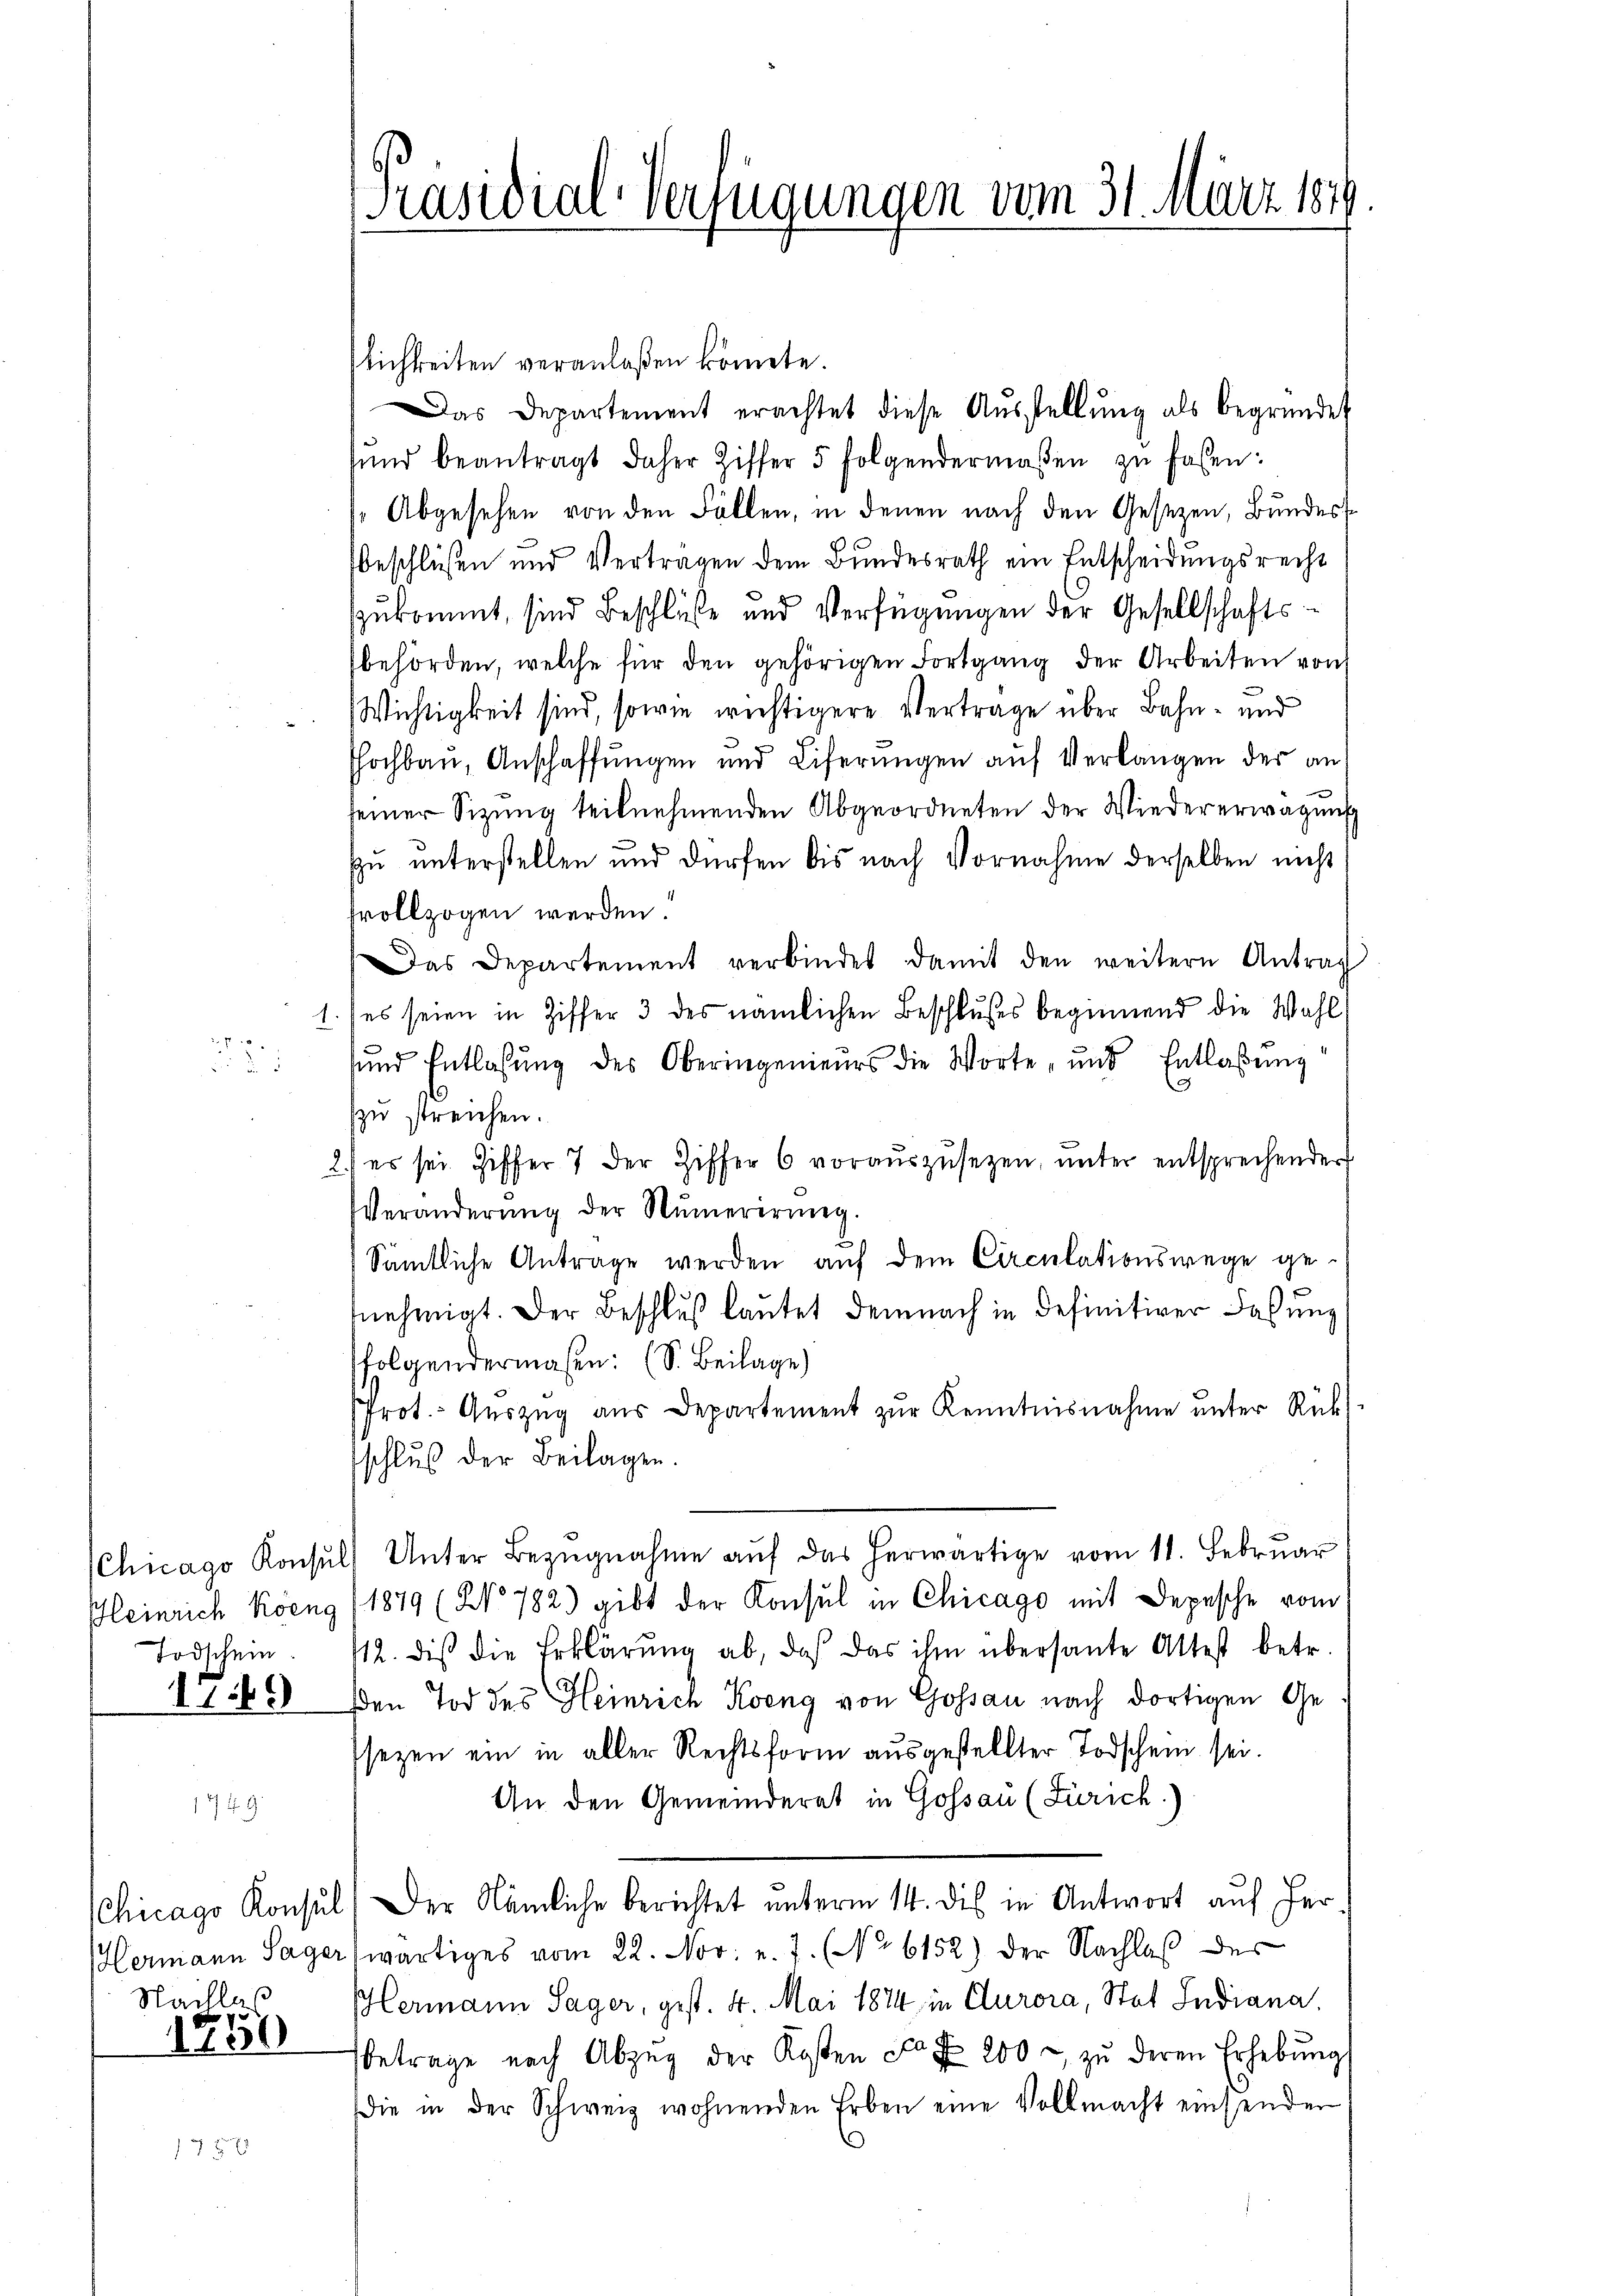
A P 189
23

Todschein.

1749

. . . .

lichkeiten veranlaßen könnte.
Das Departement erachtet diese Aŭsstellŭng als begründet
sŭnd beantragt daher Ziffer 5 folgendermaßen zŭ faßen:
s. Abgesehen von den Fällen, in denen nach den Gesezen, Bundess
Beschlüssen und Verträgen dem Bundesrath ein Entscheidungsrecht
zzukommt, sind Beschlüße und Verfügungen der Gesellschaftsbehörden, welche für den gehörigen Fortgang der Arbeiten von
Wichtigkeit sind, sowie wichtigere Vertrage über Bahn- und
hochbau, Anschaffungen und Eiferungen auf Verlangen der anseiner Sitzung teilnehmenden Abgeordneten der Wiedererwägung
zu unterstellen und dürfen bis nach Vornahme derselben nicht
fvollzogen werden.
Das Departement verbindet damit den weitern Antrag
1. ses seien in Ziffer 3 des nämlichen Beschlußes beginnend die Wahl
sund Entlassŭng des Oberingenieurs die Worte, und Entlassung
zu streichen.
2) es sei Ziffer 7 der Ziffer 6 voraŭszŭsezen, ŭnter entsprechender
Veränderŭng der Numerirŭng.
Sämtliche Antrage werden auf dem Circulationswege ge-
nehmigt. Der Beschluß lautet demnach in definitiver Fassung
folgendermaßen: (S. Beilage)
Prot. Aŭszŭg aŭs Departement zŭr Kenntnisnahme ŭnter Rückt
schluß der Beilagen.
Chicago Konsŭl) Unter Bezŭgnahme aŭf das herwärtige vom 11. Februar
Heinrich Köng (1879 (No 782) gibt der Konsul in Chicago mit Depesche vom
12. dis die Erklärŭng ab, daß das ihm übersante Attest betr.
sen Tod des Heinrich Koeng von Gossau nach dortigen Ge
sezen ein in aller Rechtsform ausgestellter Todschein sei.
An den Gemeinderet in Gossau (Zürich)
CChicago Konsul) Der Nämliche berichtet unterm 14. dies in Antwort auf Her
Hermann Sager (wärtiges vom 22. Nov. v. J. (No 6152) der Nachlaβ der
Hermann Sager, gest. 4. Mai 1874 in Clurora, Stat Indiana,
Betrage nach Abzŭg der Kosten Fr. f. 200 zŭ deren Erhebŭng
die in der Schweiz wohnenden Erben eine Vollmacht einsender

Nachlas

1250

Präsidial-Verfügungen vom 31. März 1849
e